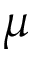
\mu